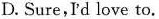
D. Sure,'d love to.